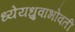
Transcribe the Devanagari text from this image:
ध्येयध्रुवाभोवती